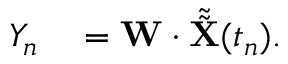
\begin{array} { r l } { Y _ { n } } & { { } = \mathbf { W } \cdot \tilde { \tilde { \mathbf { X } } } ( t _ { n } ) . } \end{array}